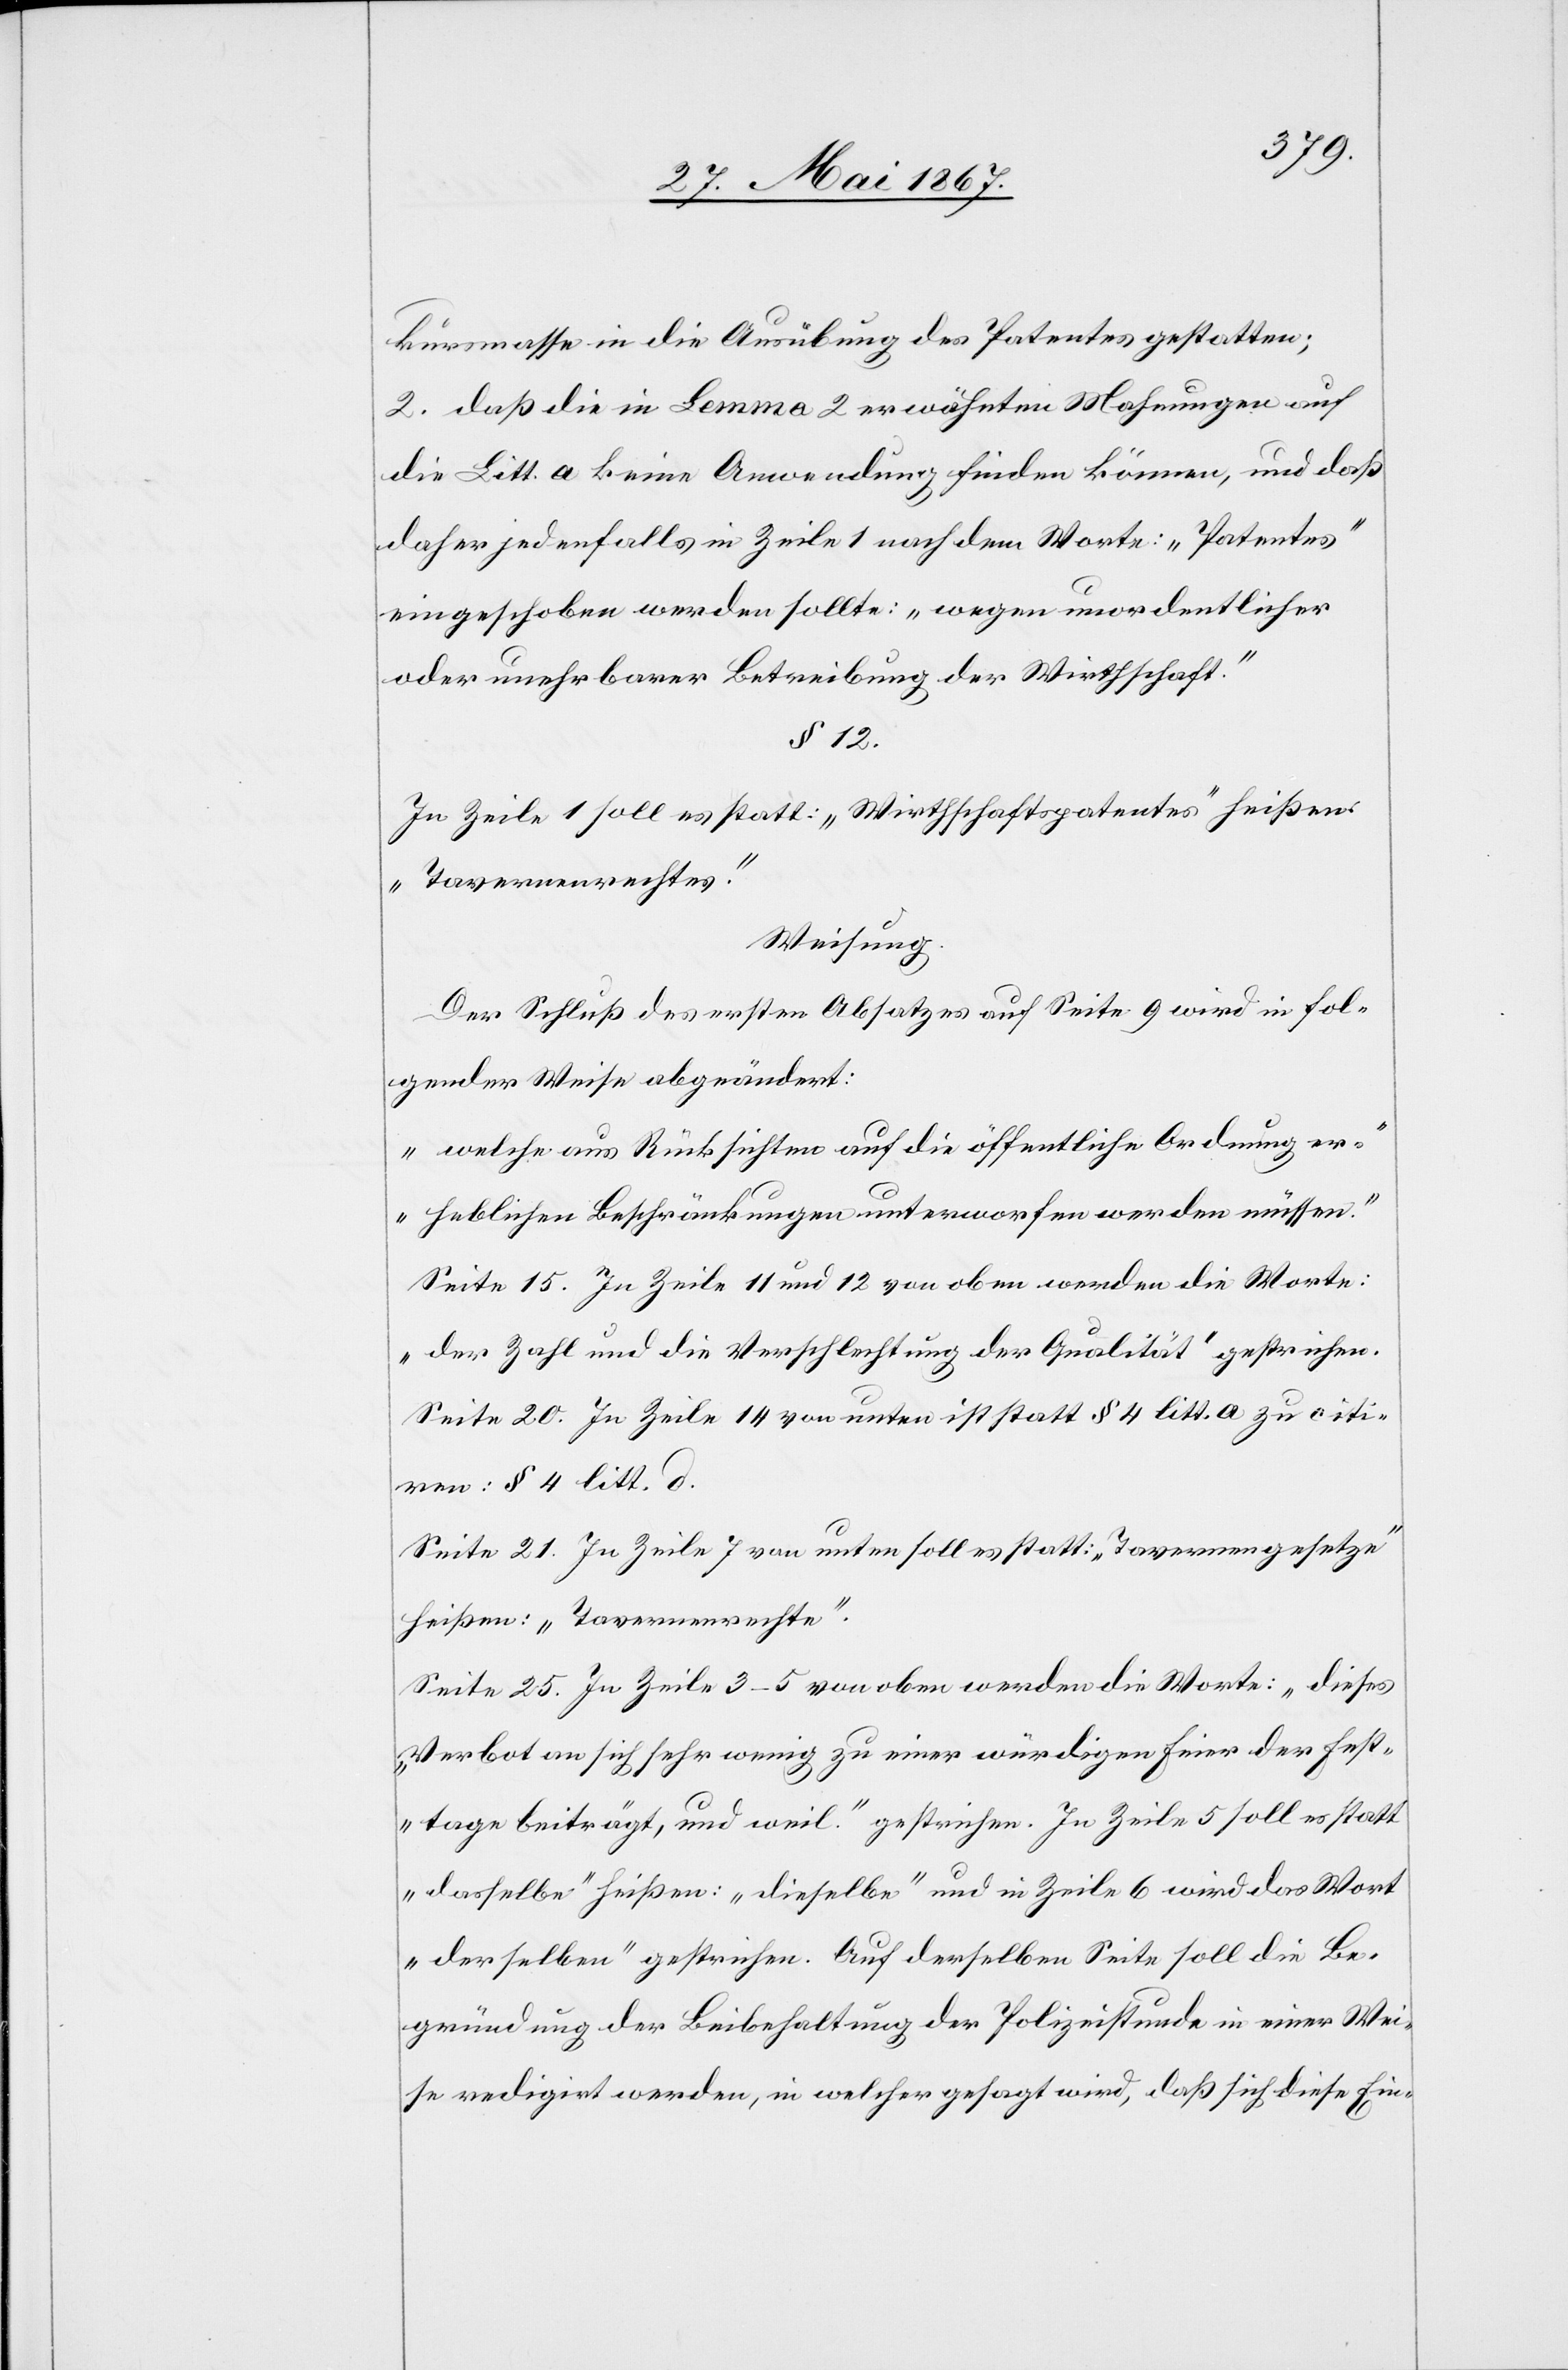
kursmasse in die Ausübung des Patentes gestatten;
2. daß die in Lemma 2 erwähnten Mahnungen auf
die Litt. a keine Anwendung finden können, und daß
daher jedenfalls in Zeile 1 nach dem Worte: „Patentes“
eingeschoben werden sollte: „wegen unordentlicher
oder unehrbarer Betreibung der Wirthschaft.“
§ 12.
In Zeile 1 soll es statt: „Wirthschaftspatentes“ heißen:
„Tavernenrechtes.“
Weisung.
Der Schluß des ersten Absatzes auf Seite 9 wird in fol¬
gender Weise abgeändert:
„welche aus Rücksichten auf die öffentliche Ordnung er¬
hebliche Beschränkungen unterworfen werden müssen.“
Seite 15. In Zeile 11 und 12 von oben werden die Worte:
„der Zahl und die Verschlechtung der Qualität“ gestrichen
Seite 20. In Zeile 14 von unten ist statt § 4 litt. a zu citi¬
ren: § 4 litt. d.
Seite 21. In Zeile 7 von unten soll es statt: „Tavernengesetze“
heißen: „Tavernenrechte“.
Seite 25. In Zeile 3–5 von oben werden die Worte: „dieses
Verbot an sich sehr wenig zu einer würdigen Feier der Fest¬
tage beiträgt, und weil.“ gestrichen. In Zeile 5 soll es statt
„dasselbe“ heißen: „dieselbe“ und in Zeile 6 wird das Wort
„derselben“ gestrichen. Auf derselben Seite soll die Be¬
gründung der Beibehaltung der Polizeistunde in einer Wei¬
se redigirt werden, in welcher gesagt wird, daß sich diese Ein-